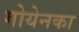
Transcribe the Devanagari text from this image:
गोयेनका